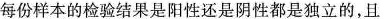
每份样本的检验结果是阳性还是阴性都是独立的，且